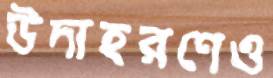
উদাহরণেও